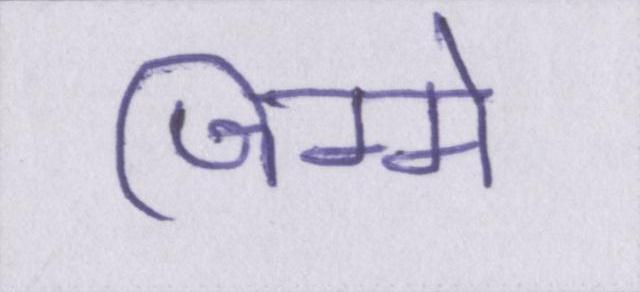
जिम्मे